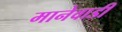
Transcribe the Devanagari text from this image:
मानेवाडी